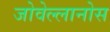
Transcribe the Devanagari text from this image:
जोवेल्लानोस